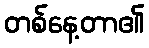
တစ်နေ့တာ၏